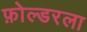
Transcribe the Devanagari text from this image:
फ़ोल्डरला